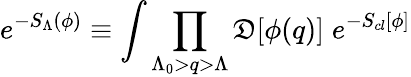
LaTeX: e^{-S_{\Lambda}(\phi)}\equiv\int\prod_{\Lambda_{0}>q>\Lambda}{\cal\mathfrak{D}}[\phi({q})]\; e^{-S_{cl}[\phi]}